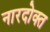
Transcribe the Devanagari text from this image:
नारदोक्त